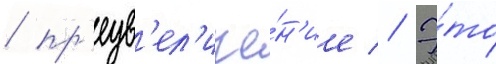
/ пр'еув'ел'иче́н'ие // Э́то